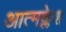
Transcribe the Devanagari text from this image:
आत्मक्लेश